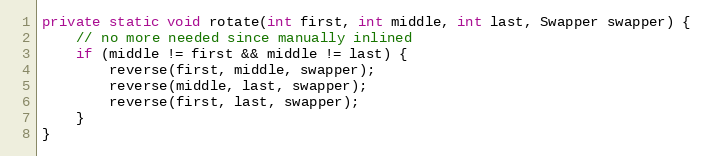
Language: Java
private static void rotate(int first, int middle, int last, Swapper swapper) {
	// no more needed since manually inlined
	if (middle != first && middle != last) {
		reverse(first, middle, swapper);
		reverse(middle, last, swapper);
		reverse(first, last, swapper);
	}
}